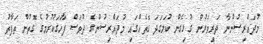
މުދައްރިސުންނާ ދަރިވަރުން ގުޅިގެން ކުލަގަދަ ގޮތެއްގައި މުދައްރިސުންގެ ދުވަސް ފާހަގަކުރުމުގެ ގޮތުން ތަފާތު